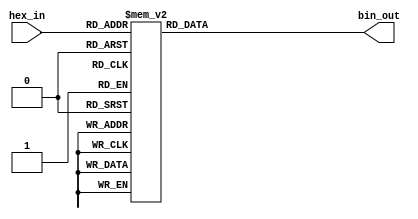
module hex_to_bin_encoder (
    input  [3:0] hex_in,   // 4-bit input for hexadecimal digit
    output reg [3:0] bin_out // 4-bit output for binary representation
);

    always @(*) begin
        // Default output to 4'b0000 for safety, although all inputs are valid
        bin_out = 4'b0000; 
        
        // Directly mapping hex_in to bin_out
        case (hex_in)
            4'b0000: bin_out = 4'b0000; // 0
            4'b0001: bin_out = 4'b0001; // 1
            4'b0010: bin_out = 4'b0010; // 2
            4'b0011: bin_out = 4'b0011; // 3
            4'b0100: bin_out = 4'b0100; // 4
            4'b0101: bin_out = 4'b0101; // 5
            4'b0110: bin_out = 4'b0110; // 6
            4'b0111: bin_out = 4'b0111; // 7
            4'b1000: bin_out = 4'b1000; // 8
            4'b1001: bin_out = 4'b1001; // 9
            4'b1010: bin_out = 4'b1010; // A
            4'b1011: bin_out = 4'b1011; // B
            4'b1100: bin_out = 4'b1100; // C
            4'b1101: bin_out = 4'b1101; // D
            4'b1110: bin_out = 4'b1110; // E
            4'b1111: bin_out = 4'b1111; // F
            default: bin_out = 4'b0000; // Default case (should not occur)
        endcase
    end

endmodule